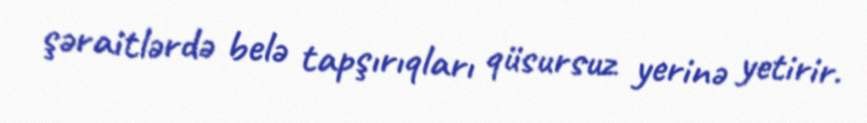
şəraitlərdə belə tapşırıqları qüsursuz yerinə yetirir.